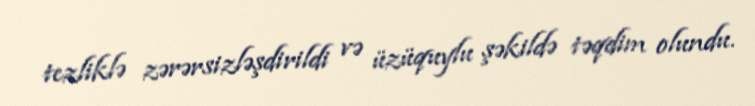
tezliklə zərərsizləşdirildi və üzüquylu şəkildə təqdim olundu.